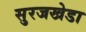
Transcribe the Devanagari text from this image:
सुरजखेडा